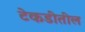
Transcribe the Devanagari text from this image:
टेकडीतील